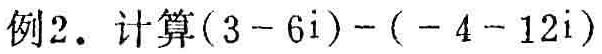
例2. 计算\((3 - 6i) - (- 4 - 12i)\)